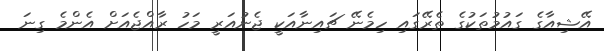
އޭޝިއާގެ ގައުމުތަކުގެ ތެރޭގައި ހިމެނޭ ޗައިނާއަކީ ޖެނުއަރީ މަހު ރާއްޖެއަށް އެންމެ ގިނަ